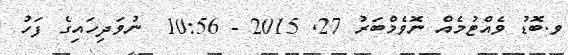
ވ.ބޮޑު ވެއްޓުމެއް ނޮވެމްބަރު 27